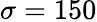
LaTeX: \sigma=150